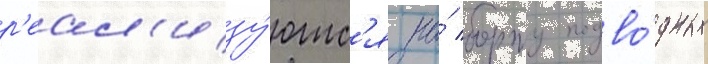
р'еал'изу́ютс'я на́ борту подво́дных